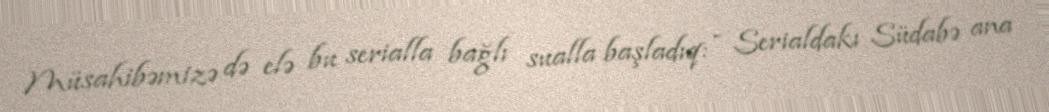
Müsahibəmizə də elə bu serialla bağlı sualla başladıq: - Serialdakı Südabə ana